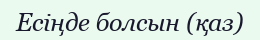
Есіңде болсын (қаз)